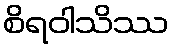
စိရဝါသိဿ